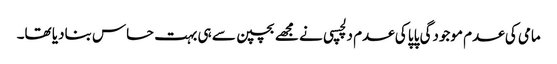
مامی کی عدم موجودگی پاپا کی عدم دلچسپی نے مجھے بچپن سے ہی بہت حساس بنادیا تھا۔